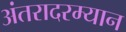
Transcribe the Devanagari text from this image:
अंतरादरम्यान